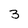
Character: 3